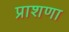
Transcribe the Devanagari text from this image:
प्राशणा